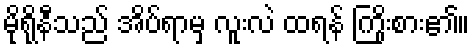
မိုရိုနီသည် အိပ်ရာမှ လူးလဲ ထရန် ကြိုးစား၏။